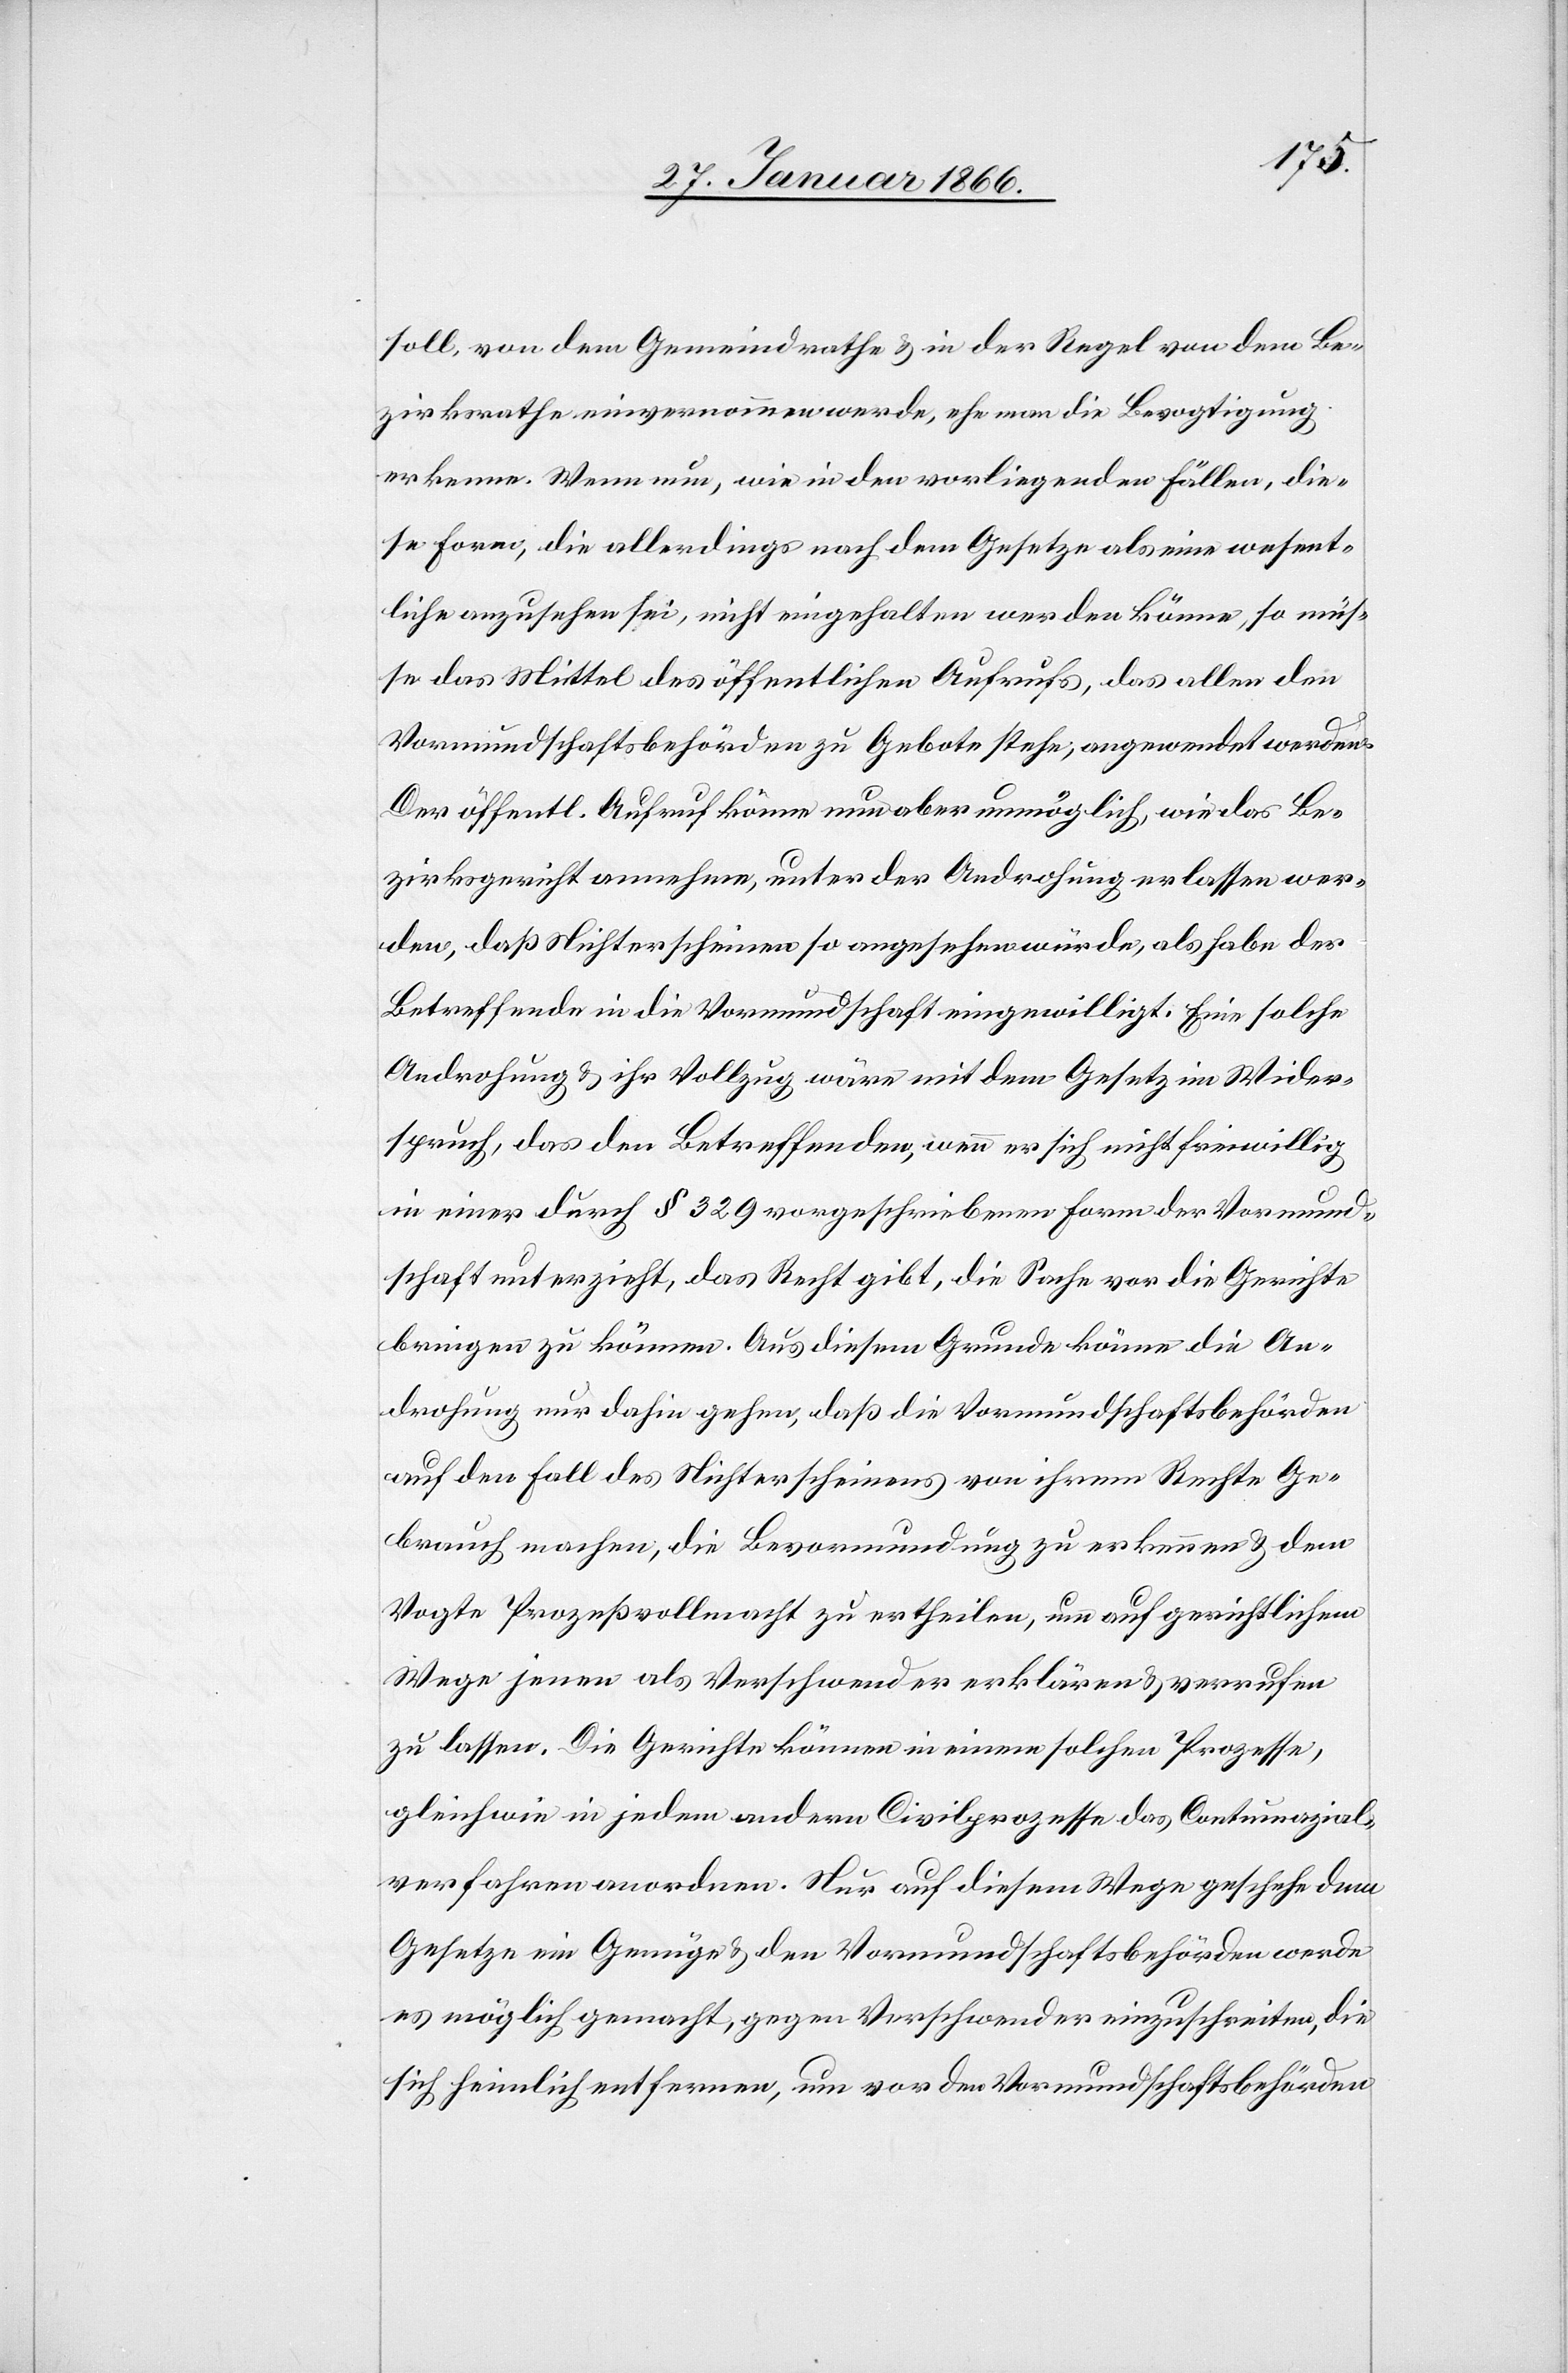
soll, von dem Gemeindrathe u. in der Regel von dem Be¬
zirksrathe einvernommen werde, ehe man die Bevogtigung
erkenne. Wenn nun, wie in den vorliegenden Fällen, die¬
se Form, die allerdings nach dem Gesetze als eine wesent¬
liche anzusehen sei, nicht eingehalten werden könne, so müs¬
se das Mittel des öffentlichen Aufrufs, das allen den
Vormundschaftsbehörden zu Gebote stehe, angewendet werden
Der öffentl. Aufruf könne nun aber unmöglich, wie das Be¬
zirksgericht annehme, unter der Androhung erlassen wer¬
den, daß Nichterscheinen so angesehen würde, als habe der
Betreffende in die Vormundschaft eingewilligt. Eine solche
Androhung u. ihr Vollzug wäre mit dem Gesetz im Wider¬
spruch, das den Betreffenden, wenn er sich nicht freiwillig
in einer durch § 329 vorgeschriebenen Form der Vormund¬
schaft unterzieht, das Recht gibt, die Sache vor die Gerichte
bringen zu können. Aus diesem Grunde könne die An¬
drohung nur dahin gehen, daß die Vormundschaftsbehörden
auf den Fall des Nichterscheinens von ihrem Rechte Ge¬
brauch machen, die Bevormundung zu erkennen u. dem
Vogte Prozeßvollmacht zu ertheilen, um auf gerichtlichem
Wege jenen als Verschwender erklären u. verrufen
zu lassen. Die Gerichte können in einem solchen Prozesse,
gleichwie in jedem andern Civilprozesse das Contumazial¬
verfahren anordnen. Nur auf diesen Wege geschehe dem
Gesetze ein Genüge u. den Vormundschaftsbehörden werde
es möglich gemacht, gegen Verschwender einzuschreiten, die
sich heimlich entfernen, um vor den Vormundschaftsbehörden